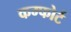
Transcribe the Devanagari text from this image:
कम्फोर्ट